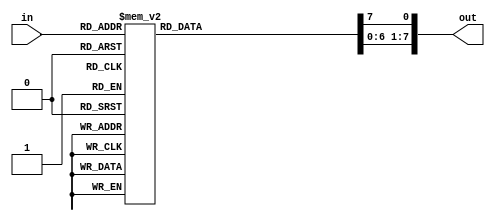
`timescale 1ns / 1ps

module decoder_3_8(
    input [2:0] in,
    output reg[7:0] out
    );
    always@(*)
        begin
            out=0;
            case(in)	
                3'b000 : out[0] = 1'b1;
                3'b001 : out[1] = 1'b1;
                3'b010 : out[2] = 1'b1;
                3'b011 : out[3] = 1'b1;
                3'b100 : out[4] = 1'b1;
                3'b101 : out[5] = 1'b1;
                3'b110 : out[6] = 1'b1;
                3'b111 : out[7] = 1'b1;
		default: out = 0;
            endcase
        end
endmodule